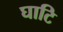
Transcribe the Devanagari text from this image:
घाटि